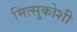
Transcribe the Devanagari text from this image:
मित्सुकोशी